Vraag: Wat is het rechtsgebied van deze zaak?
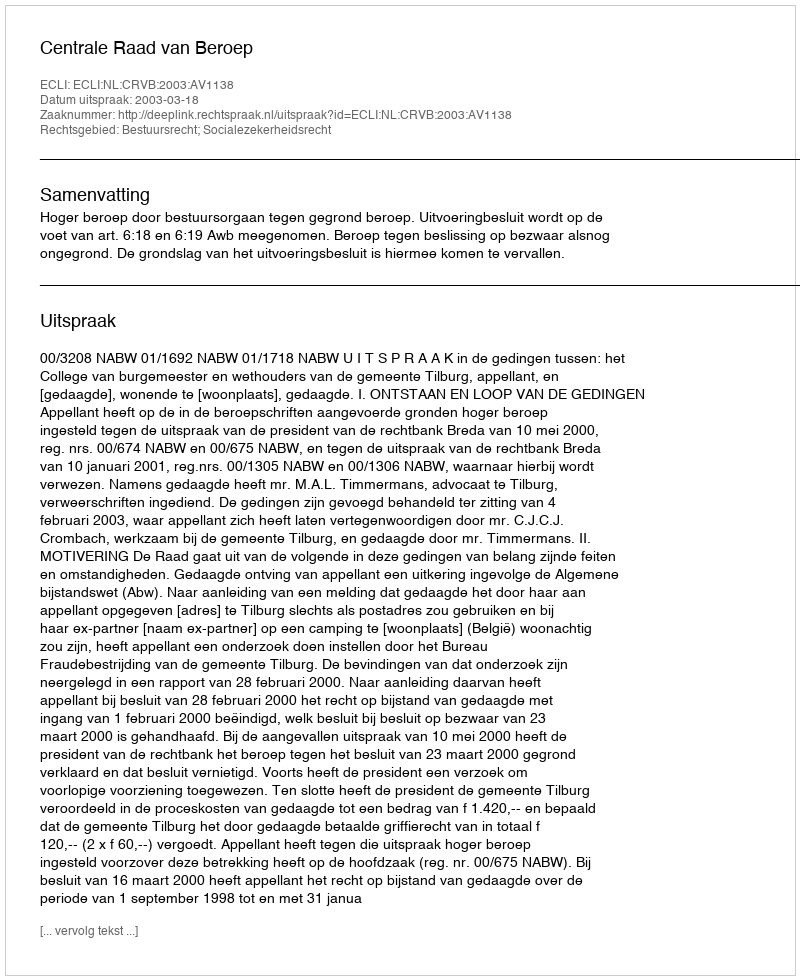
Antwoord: Bestuursrecht; Socialezekerheidsrecht